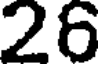
26